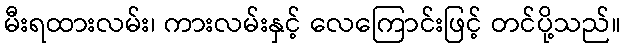
မီးရထားလမ်း၊ ကားလမ်းနှင့် လေကြောင်းဖြင့် တင်ပို့သည်။